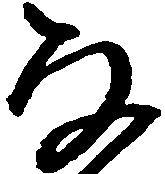
な